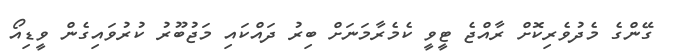
ގޭންގެ މެދުވެރިކޮށް ރާއްޖެ ޓީވީ ކެމެރާމަނަށް ބިރު ދައްކައި މަޖުބޫރު ކުރުވައިގެން ވީޑިއޯ